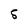
Character: 5